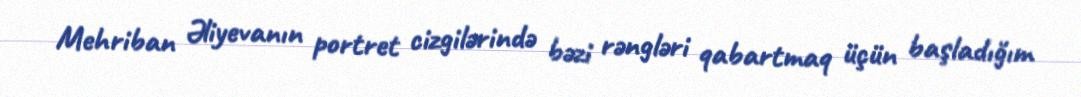
Mehriban Əliyevanın portret cizgilərində bəzi rəngləri qabartmaq üçün başladığım